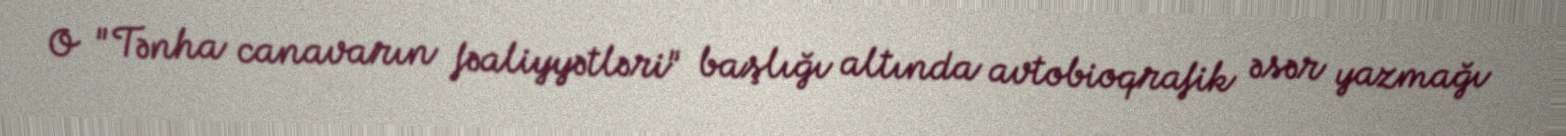
O "Tənha canavarın fəaliyyətləri" başlığı altında avtobioqrafik əsər yazmağı